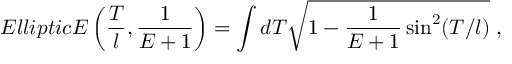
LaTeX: E l l i p t i c E \left( \frac { T } { l } , \frac { 1 } { E + 1 } \right) = \int d T \sqrt { 1 - \frac { 1 } { E + 1 } \sin ^ { 2 } ( T / l ) } \; ,